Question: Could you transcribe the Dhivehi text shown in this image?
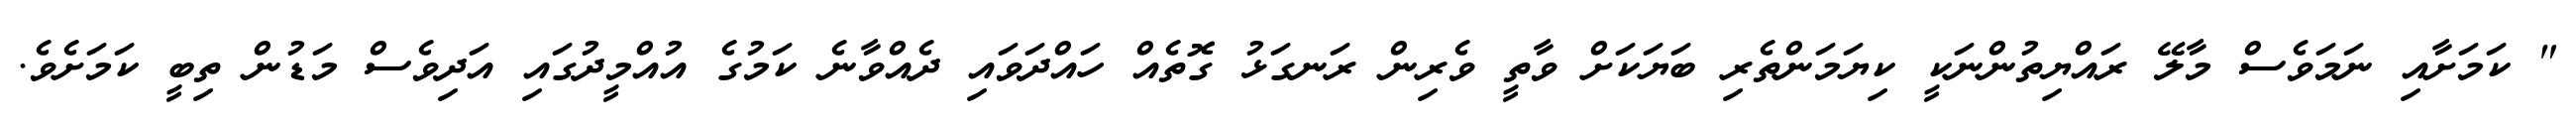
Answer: " ކަމަށާއި ނަމަވެސް މާލޭ ރައްޔިތުންނަކީ ކިޔަމަންތެރި ބަޔަކަށް ވާތީ ވެރިން ރަނގަޅު ގޮތެއް ހައްދަވައި ދެއްވާނެ ކަމުގެ އުއްމީދުގައި އަދިވެސް މަޑުން ތިބީ ކަމަށެވެ.